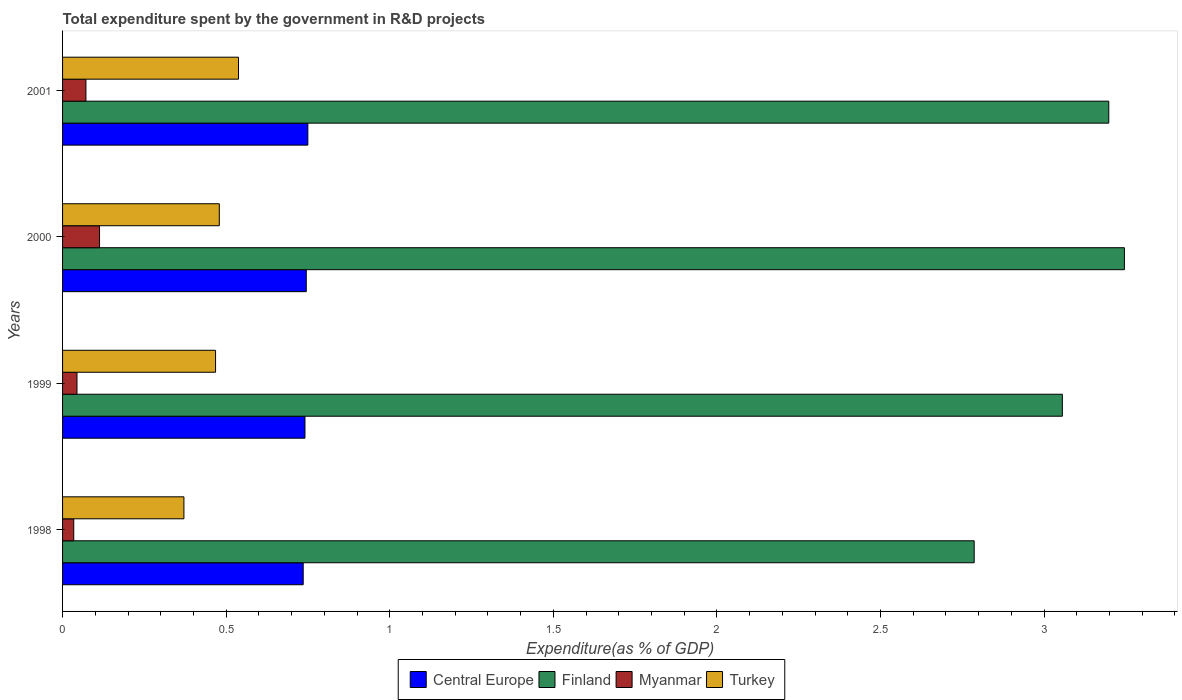
| Years | Central Europe | Finland | Myanmar | Turkey |
 | --- | --- | --- | --- | --- |
 | 1998 | 0.736 | 2.79 | 0.0342 | 0.371 |
 | 1999 | 0.741 | 3.06 | 0.0441 | 0.468 |
 | 2000 | 0.745 | 3.25 | 0.113 | 0.479 |
 | 2001 | 0.75 | 3.2 | 0.0714 | 0.538 |